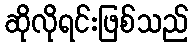
ဆိုလိုရင်းဖြစ်သည်